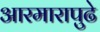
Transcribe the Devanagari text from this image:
आरमारापुढे